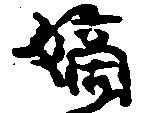
嫡